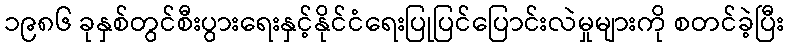
၁၉၈၆ ခုနှစ်တွင်စီးပွားရေးနှင့်နိုင်ငံရေးပြုပြင်ပြောင်းလဲမှုများကို စတင်ခဲ့ပြီး